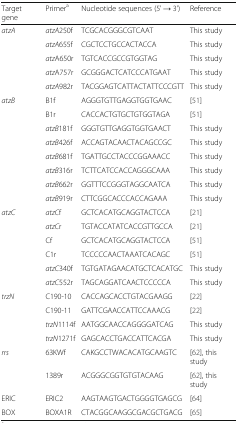
| Target gene | Primera | Nucleotide sequences (5' → 3') | Reference |
 | --- | --- | --- | --- |
 | <ROWSPAN=5> atzA | atzA250f | TCGCACGGGCGTCAAT | This study |
 | atzA655f | CGCTCCTGCCACTACCA | This study |
 | atzA650r | TGTCACCGCCGTGGTAG | This study |
 | atzA757r | GCGGGACTCATCCCATGAAT | This study |
 | atzA982r | TACGGAGTCATTACTATTCCCGTT | This study |
 | <ROWSPAN=8> atzB | B1f | AGGGTGTTGAGGTGGTGAAC | [51] |
 | B1r | CACCACTGTGCTGTGGTAGA | [51] |
 | atzB181f | GGGTGTTGAGGTGGTGAACT | This study |
 | atzB426f | ACCAGTACAACTACAGCCGC | This study |
 | atzB681f | TGATTGCCTACCCGGAAACC | This study |
 | atzB316r | TCTTCATCCACCAGGGCAAA | This study |
 | atzB662r | GGTTTCCGGGTAGGCAATCA | This study |
 | atzB919r | CTTCGGCACCCACCAGAAA | This study |
 | <ROWSPAN=6> atzC | atzCf | GCTCACATGCAGGTACTCCA | [21] |
 | atzCr | TGTACCATATCACCGTTGCCA | [21] |
 | Cf | GCTCACATGCAGGTACTCCA | [51] |
 | C1r | TCCCCCAACTAAATCACAGC | [51] |
 | atzC340f | TGTGATAGAACATGCTCACATGC | This study |
 | atzC552r | TAGCAGGATCAACTCCCCCA | This study |
 | <ROWSPAN=4> trzN | C190-10 | CACCAGCACCTGTACGAAGG | [22] |
 | C190-11 | GATTCGAACCATTCCAAACG | [22] |
 | trzN1114f | AATGGCAACCAGGGGATCAG | This study |
 | trzN1271f | GAGCACCTGACCATTCACGA | This study |
 | <ROWSPAN=2> rrs | 63KWf | CAKGCCTWACACATGCAAGTC | [62], this study |
 | 1389r | ACGGGCGGTGTGTACAAG | [62], this study |
 | ERIC | ERIC2 | AAGTAAGTGACTGGGGTGAGCG | [64] |
 | BOX | BOXA1R | CTACGGCAAGGCGACGCTGACG | [65] |